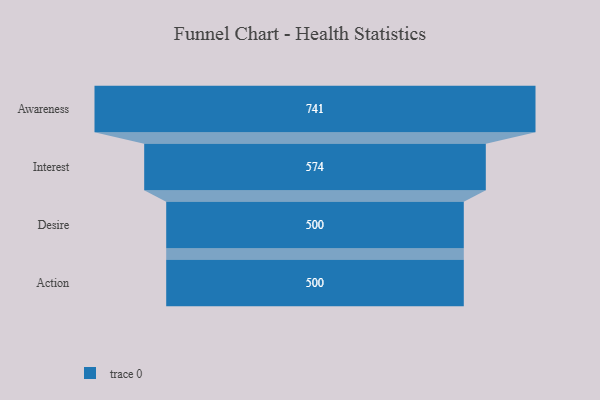
{"axis": {"x": "Stage", "y": "Value"}, "legend": [""], "data": [{"x": "Awareness", "y": 741.0, "type": ""}, {"x": "Interest", "y": 574.0, "type": ""}, {"x": "Desire", "y": 500, "type": ""}, {"x": "Action", "y": 500, "type": ""}]}